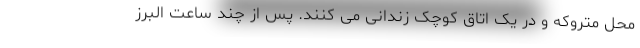
محل متروکه و در یک اتاق کوچک زندانی می کنند. پس از چند ساعت البرز